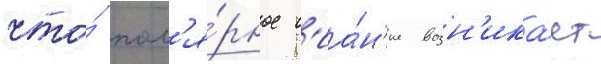
что́ пол'я́рное с'иа́н'ие возн'ика́ет